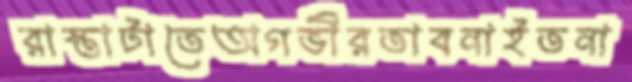
রাস্তাটাতেঅগভীরতাবনাইতনা